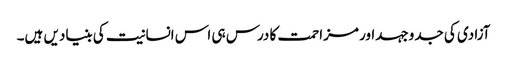
آزادی کی جدوجہداور مزاحمت کا درس ہی اس انسانیت کی بنیادیں ہیں۔